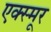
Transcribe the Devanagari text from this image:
एक्स्मूर